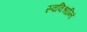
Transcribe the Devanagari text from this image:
स्वविश्रान्तिं